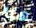
هيا